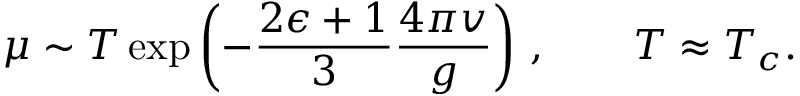
\mu \sim T \exp \left( - \frac { 2 \epsilon + 1 } 3 \frac { 4 \pi v } g \right) \, , \qquad T \approx T _ { c } .